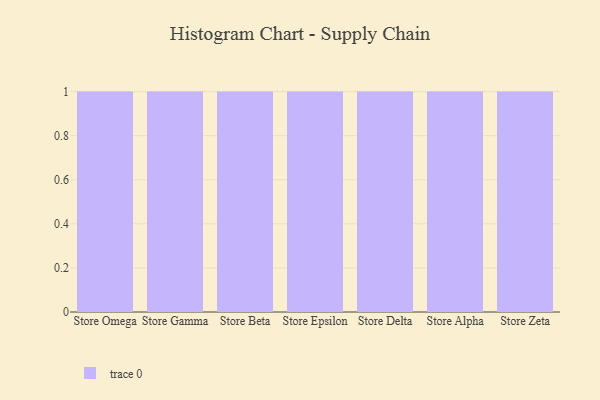
{"axis": {"x": "Store", "y": "Production Output"}, "legend": [""], "data": [{"x": "Store Omega", "y": 66, "type": ""}, {"x": "Store Gamma", "y": 97, "type": ""}, {"x": "Store Beta", "y": 89, "type": ""}, {"x": "Store Epsilon", "y": 46, "type": ""}, {"x": "Store Delta", "y": 34, "type": ""}, {"x": "Store Alpha", "y": 32, "type": ""}, {"x": "Store Zeta", "y": 27, "type": ""}]}